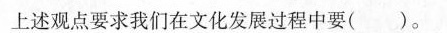
上述观点要求我们在文化发展过程中要( )。